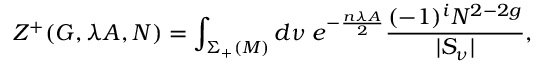
Z ^ { + } ( G , \lambda A , N ) = \int _ { \Sigma _ { + } ( { \cal M } ) } d \nu \; e ^ { - \frac { n \lambda A } { 2 } } \frac { ( - 1 ) ^ { i } N ^ { 2 - 2 g } } { | S _ { \nu } | } ,